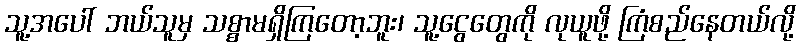
သူ့အပေါ် ဘယ်သူမှ သစ္စာမရှိကြတော့ဘူး၊ သူ့ငွေတွေကို လုယူဖို့ ကြံစည်နေတယ်လို့